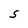
Character: S